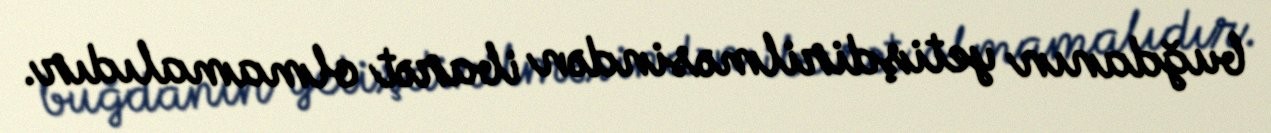
buğdanın yetişdirilməsindən ibarət olmamalıdır.